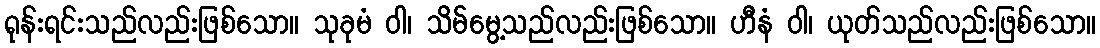
ရုန်းရင်းသည်လည်းဖြစ်သော။ သုခုမံ ဝါ၊ သိမ်မွေ့သည်လည်းဖြစ်သော။ ဟီနံ ဝါ၊ ယုတ်သည်လည်းဖြစ်သော။